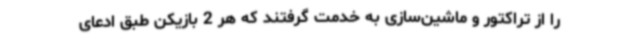
را از تراکتور و ماشین‌سازی به خدمت گرفتند که هر 2 بازیکن طبق ادعای